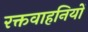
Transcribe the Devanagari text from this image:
रक्तवाहनियों